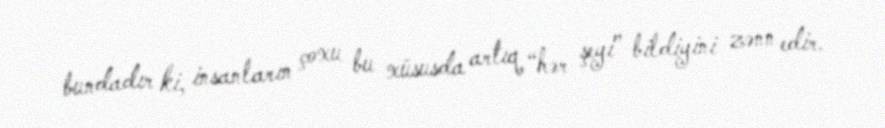
bundadır ki, insanların çoxu bu xüsusda artıq “hər şeyi” bildiyini zənn edir.